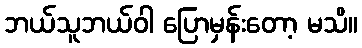
ဘယ်သူဘယ်ဝါ ပြောမှန်းတော့ မသိ။